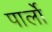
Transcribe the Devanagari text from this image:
पार्लो